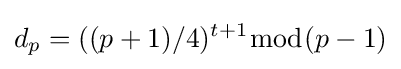
d_{p}=((p+1)/4)^{t+1}{\bmod {(p-1)}}